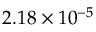
2 . 1 8 \times 1 0 ^ { - 5 }